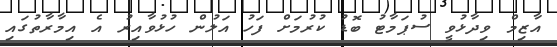
އާޒިމް ވިދާޅުވީ ސުޕަމާޓު ބޮޑު ކުރުމަށް ފަހު އަލުން ހުޅުވާއިރު އެ އިމާރާތުގައި